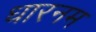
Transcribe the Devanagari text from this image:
धारनम